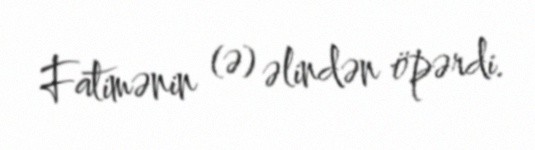
Fatimənin (ə) əlindən öpərdi.